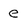
Character: e